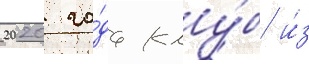
2020 го́да клу́б и́з